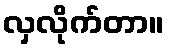
လှလိုက်တာ။